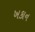
ખકાન